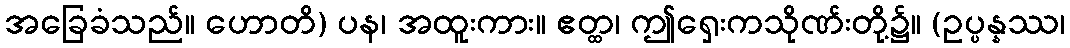
အခြေခံသည်။ ဟောတိ) ပန၊ အထူးကား။ ဧတ္ထ၊ ဤရှေးကသိုဏ်းတို့၌။ (ဥပ္ပန္နဿ၊